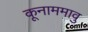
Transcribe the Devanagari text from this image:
कूनाममावु